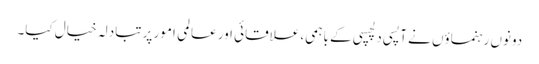
دونوں رہنماؤں نے آپسی دلچسپی کے باہمی، علاقائی اور عالمی امور پر تبادلہ خیال کیا۔